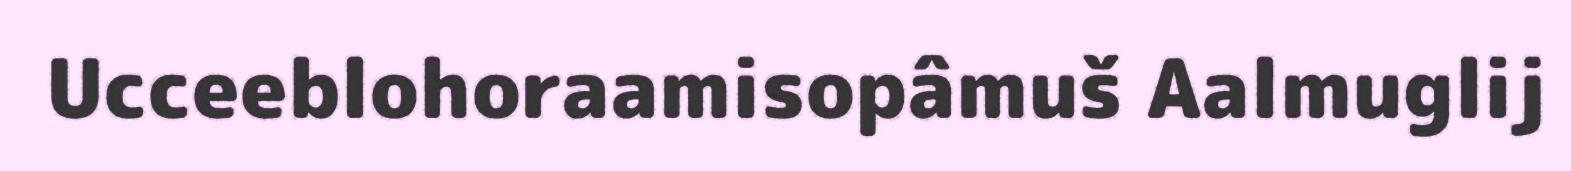
Ucceeblohoraamisopâmuš Aalmuglij